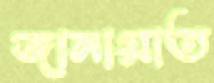
জানায়াত